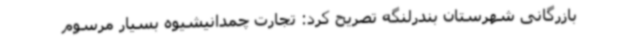
بازرگانی شهرستان بندرلنگه تصریح کرد: تجارت چمدانیشیوه بسیار مرسوم